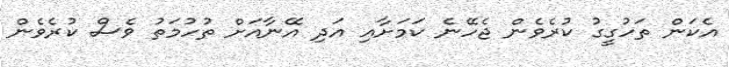
އެކަން ތަހުގީގު ކުރެވެން ޖެހޭނެ ކަމަށާއި އަދި އޭނާއަށް ތުހުމަތު ވެސް ކުރެވެން